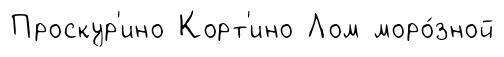
Проскур'ино Корт'ино Лом моро́зной